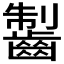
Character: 𪘥